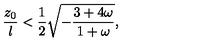
{ \frac { z _ { 0 } } { l } } < { \frac { 1 } { 2 } } \sqrt { - { \frac { 3 + 4 \omega } { 1 + \omega } } } ,